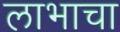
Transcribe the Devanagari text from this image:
लाभाचा